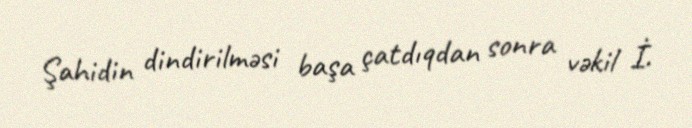
Şahidin dindirilməsi başa çatdıqdan sonra vəkil İ.